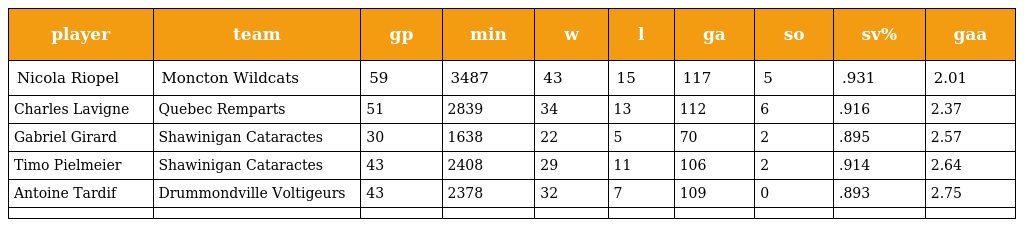
| player | team | gp | min | w | l | ga | so | sv% | gaa |
 | --- | --- | --- | --- | --- | --- | --- | --- | --- | --- |
 | Nicola Riopel | Moncton Wildcats | 59 | 3487 | 43 | 15 | 117 | 5 | .931 | 2.01 |
 | Charles Lavigne | Quebec Remparts | 51 | 2839 | 34 | 13 | 112 | 6 | .916 | 2.37 |
 | Gabriel Girard | Shawinigan Cataractes | 30 | 1638 | 22 | 5 | 70 | 2 | .895 | 2.57 |
 | Timo Pielmeier | Shawinigan Cataractes | 43 | 2408 | 29 | 11 | 106 | 2 | .914 | 2.64 |
 | Antoine Tardif | Drummondville Voltigeurs | 43 | 2378 | 32 | 7 | 109 | 0 | .893 | 2.75 |
 |  |  |  |  |  |  |  |  |  |  |